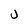
Character: u